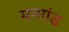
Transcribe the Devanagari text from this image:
मनगंड